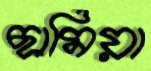
ছামিয়া